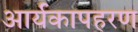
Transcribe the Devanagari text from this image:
आर्यकापहरण